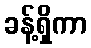
ခန့်ရှိကာ